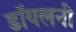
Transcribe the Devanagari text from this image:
डॉयलनी